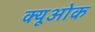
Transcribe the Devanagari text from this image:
क्यूओक